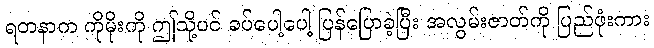
ရတနာက ကိုမိုးကို ဤသို့ပင် ခပ်ပေါ့ပေါ့ ပြန်ပြောခဲ့ပြီး အလွမ်းဇာတ်ကို ပြည်ဖုံးကား